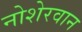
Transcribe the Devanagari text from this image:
नोशेरवान